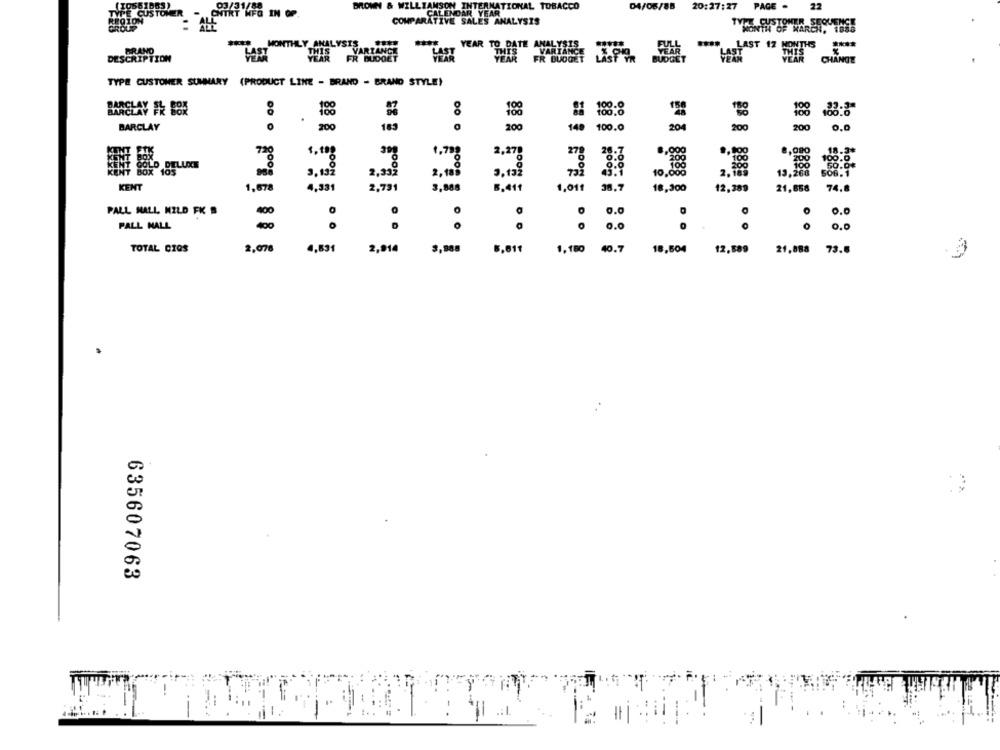
ROWN & WILLIAMSON INTERNATIONAL TOBACCO
04/06/88 20:27:27
PAGE .
22
ONTRT HFG IN OP.
IVE SALES ANALYSIS
MONTH OF WAREH, THE
BRAND
MONTHLY ANALYSTVARLANGE
YEAR TO PAT
DESCRIPTION
YEAR FR BUDGET
LAST
CHANGE
TYPE CUSTOMER SUMMARY (PRODUCT LINE - BRAND - BRAND STYLE)
BARELAY A BOX
BARCLAY
200
200
140 100.0
204
200
1,000
0,000
10,888
KENT
12,389
1,678
1.01
38.7
18,300
21,658
74 .
PALL MALL MILD FK B
400
0.0
PALL MALL
.
:
. ...
.
0 .0
TOTAL CIOS
2,076
4.89
2,91
3,000
1,180 40.7
18,504
12,589
21,888 73.
635607063